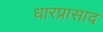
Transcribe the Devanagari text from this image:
धारप्रासाद